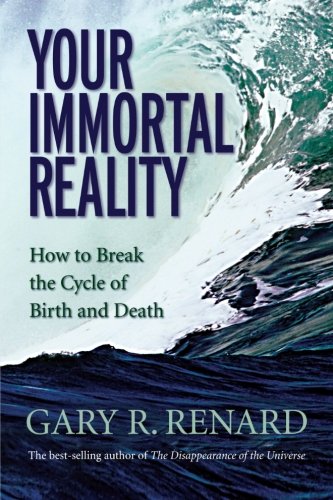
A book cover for Your Immortal Reality: How to Break the Cycle of Birth and Death; Gary R. Renard; Religion & Spirituality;